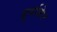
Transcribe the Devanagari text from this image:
दुर्गाबेन